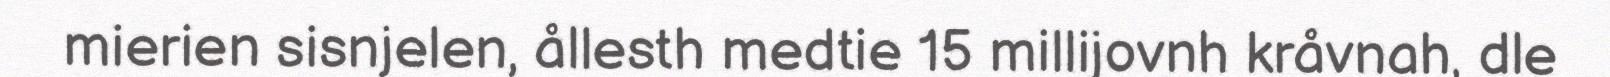
mierien sisnjelen, ållesth medtie 15 millijovnh kråvnah, dle